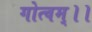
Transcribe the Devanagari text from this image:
गोत्वम्।।